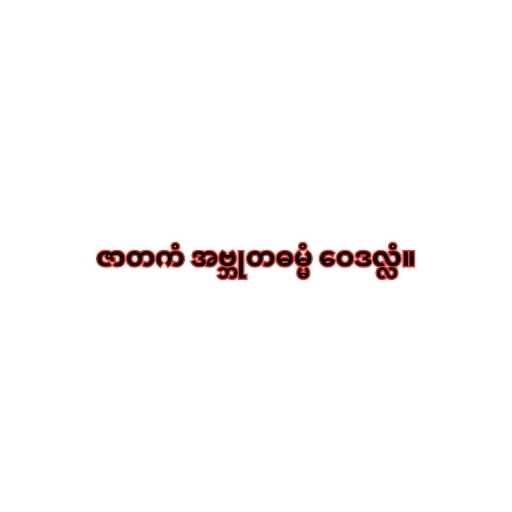
ဇာတကံ အဗ္ဘုတဓမ္မံ ဝေဒလ္လံ။